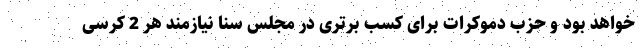
خواهد بود و حزب دموکرات برای کسب برتری در مجلس سنا نیازمند هر 2 کرسی